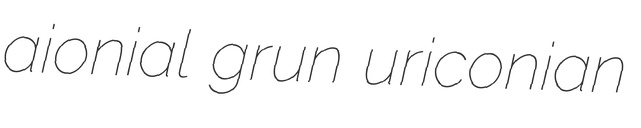
aionial grun uriconian